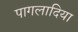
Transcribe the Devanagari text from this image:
पागलादिया